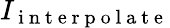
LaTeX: I_{\mathrm{~i~n~t~e~r~p~o~l~a~t~e~}}